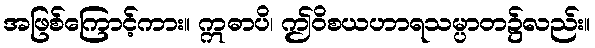
အဖြစ်ကြောင့်ကား။ ဣဓာပိ၊ ဤဝိစယဟာရသမ္ပာတ၌လည်း။